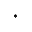
^ \ast